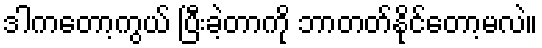
ဒါကတော့ကွယ် ပြီးခဲ့တာကို ဘာတတ်နိုင်တော့မလဲ။